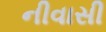
નીવાસી